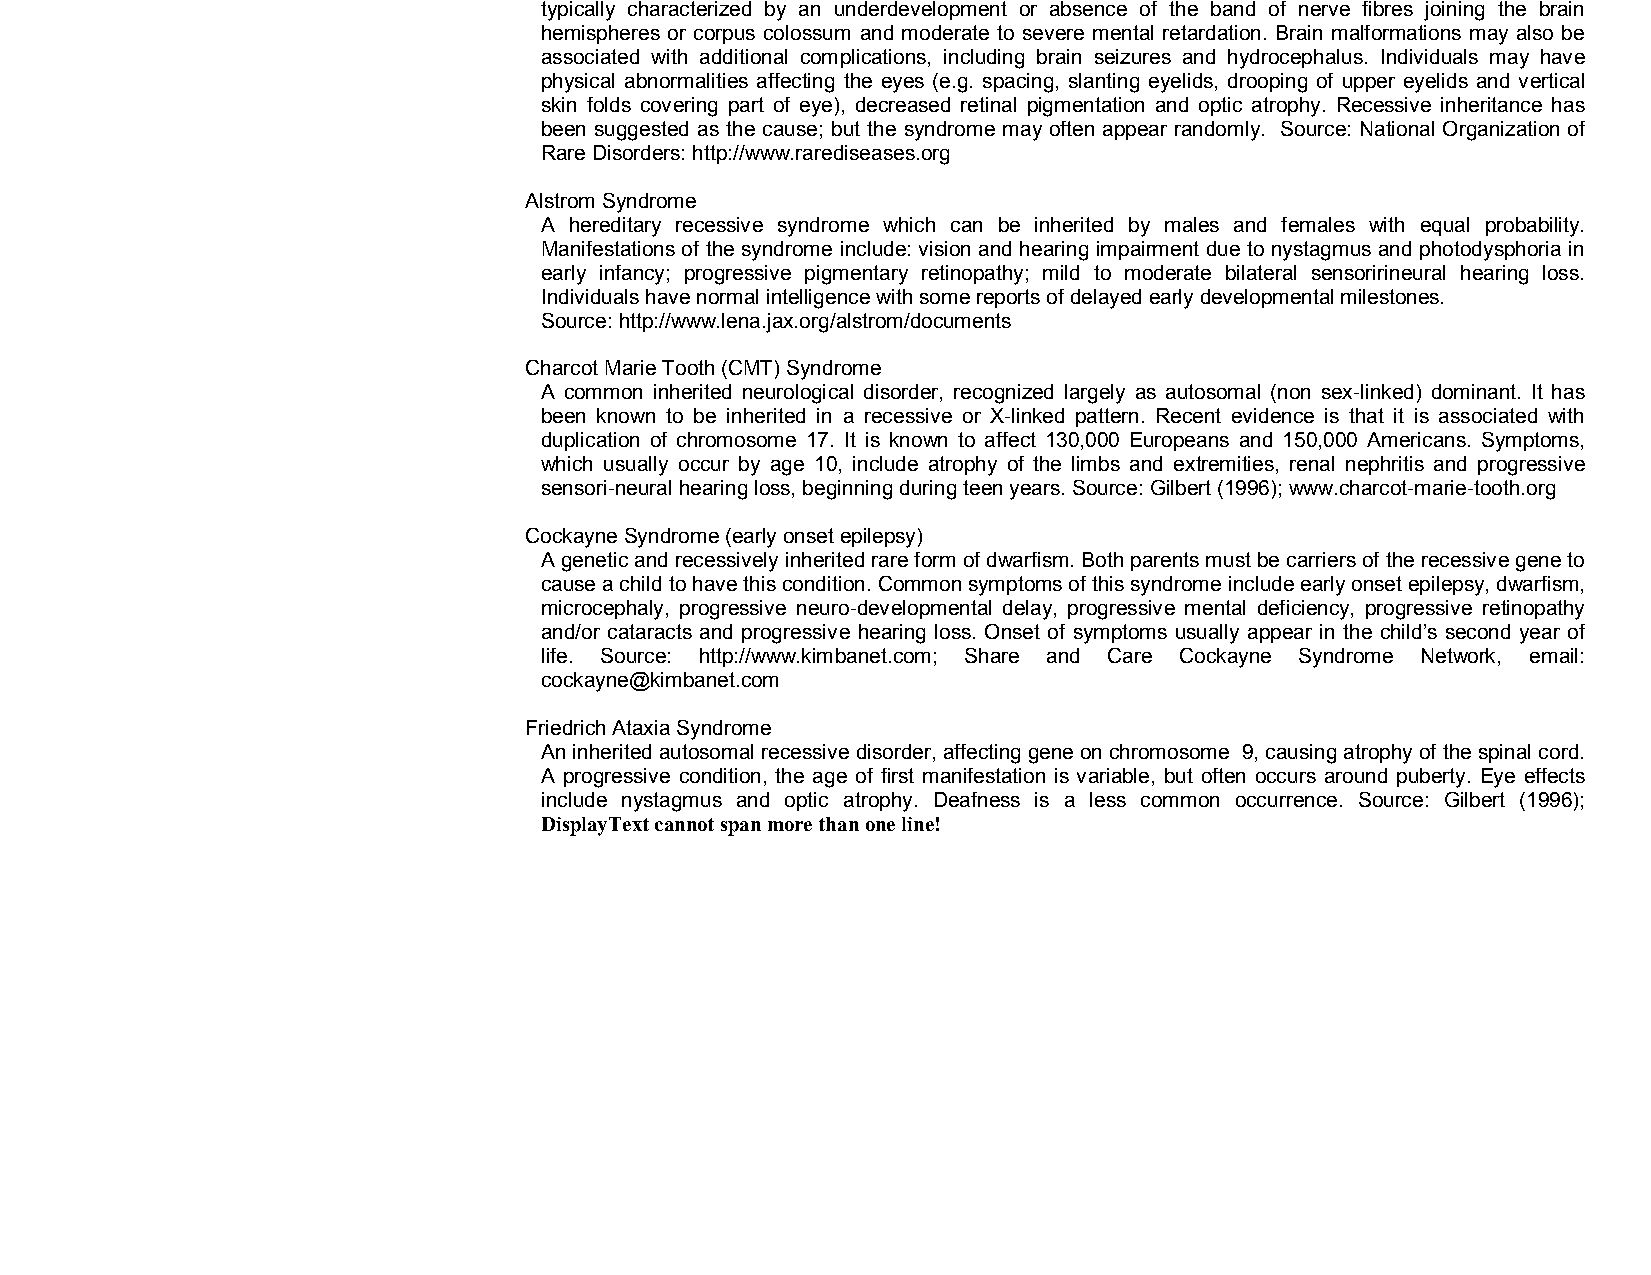
typically characterized by an underdevelopment or absence of the band of nerve fibres joining the brain
 hemispheres or corpus colossum and moderate to severe mental retardation. Brain malformations may also be
 associated with additional complications, including brain seizures and hydrocephalus. Individuals may have
 physical abnormalities affecting the eyes (e.g. spacing, slanting eyelids, drooping of upper eyelids and vertical
 skin folds covering part of eye), decreased retinal pigmentation and optic atrophy. Recessive inheritance has
 been suggested as the cause; but the syndrome may often appear randomly. Source: National Organization of
 Rare Disorders: http://www.rarediseases.org
 Alstrom Syndrome
 A hereditary recessive syndrome which can be inherited by males and females with equal probability.
 Manifestations of the syndrome include: vision and hearing impairment due to nystagmus and photodysphoria in
 early infancy; progressive pigmentary retinopathy; mild to moderate bilateral sensoririneural hearing loss.
 Individuals have normal intelligence with some reports of delayed early developmental milestones.
 Source: http://www.lena.jax.org/alstrom/documents
 Charcot Marie Tooth (CMT) Syndrome
 A common inherited neurological disorder, recognized largely as autosomal (non sex­linked) dominant. It has
 been known to be inherited in a recessive or X­linked pattern. Recent evidence is that it is associated with
 duplication of chromosome 17. It is known to affect 130,000 Europeans and 150,000 Americans. Symptoms,
 which usually occur by age 10, include atrophy of the limbs and extremities, renal nephritis and progressive
 sensori­neural hearing loss, beginning during teen years. Source: Gilbert (1996); www.charcot­marie­tooth.org
 Cockayne Syndrome (early onset epilepsy)
 A genetic and recessively inherited rare form of dwarfism. Both parents must be carriers of the recessive gene to
 cause a child to have this condition. Common symptoms of this syndrome include early onset epilepsy, dwarfism,
 microcephaly, progressive neuro­developmental delay, progressive mental deficiency, progressive retinopathy
 and/or cataracts and progressive hearing loss. Onset of symptoms usually appear in the child’s second year of
 life. Source: http://www.kimbanet.com; Share and Care Cockayne Syndrome Network, email:
 cockayne@kimbanet.com
 Friedrich Ataxia Syndrome
 An inherited autosomal recessive disorder, affecting gene on chromosome 9, causing atrophy of the spinal cord.
 A progressive condition, the age of first manifestation is variable, but often occurs around puberty. Eye effects
 include nystagmus and optic atrophy. Deafness is a less common occurrence. Source: Gilbert (1996);
 DisplayText cannot span more than one line!